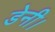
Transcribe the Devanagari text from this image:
डेनी।